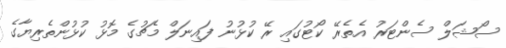
ސޯޝަލް ސެންޓަރު އެތެރޭ ކޯޓުގައި ރޭ ކުޅުނު ފައިނަލް މެޗުގެ މޮޅު ކުޅުންތެރިޔާގެ